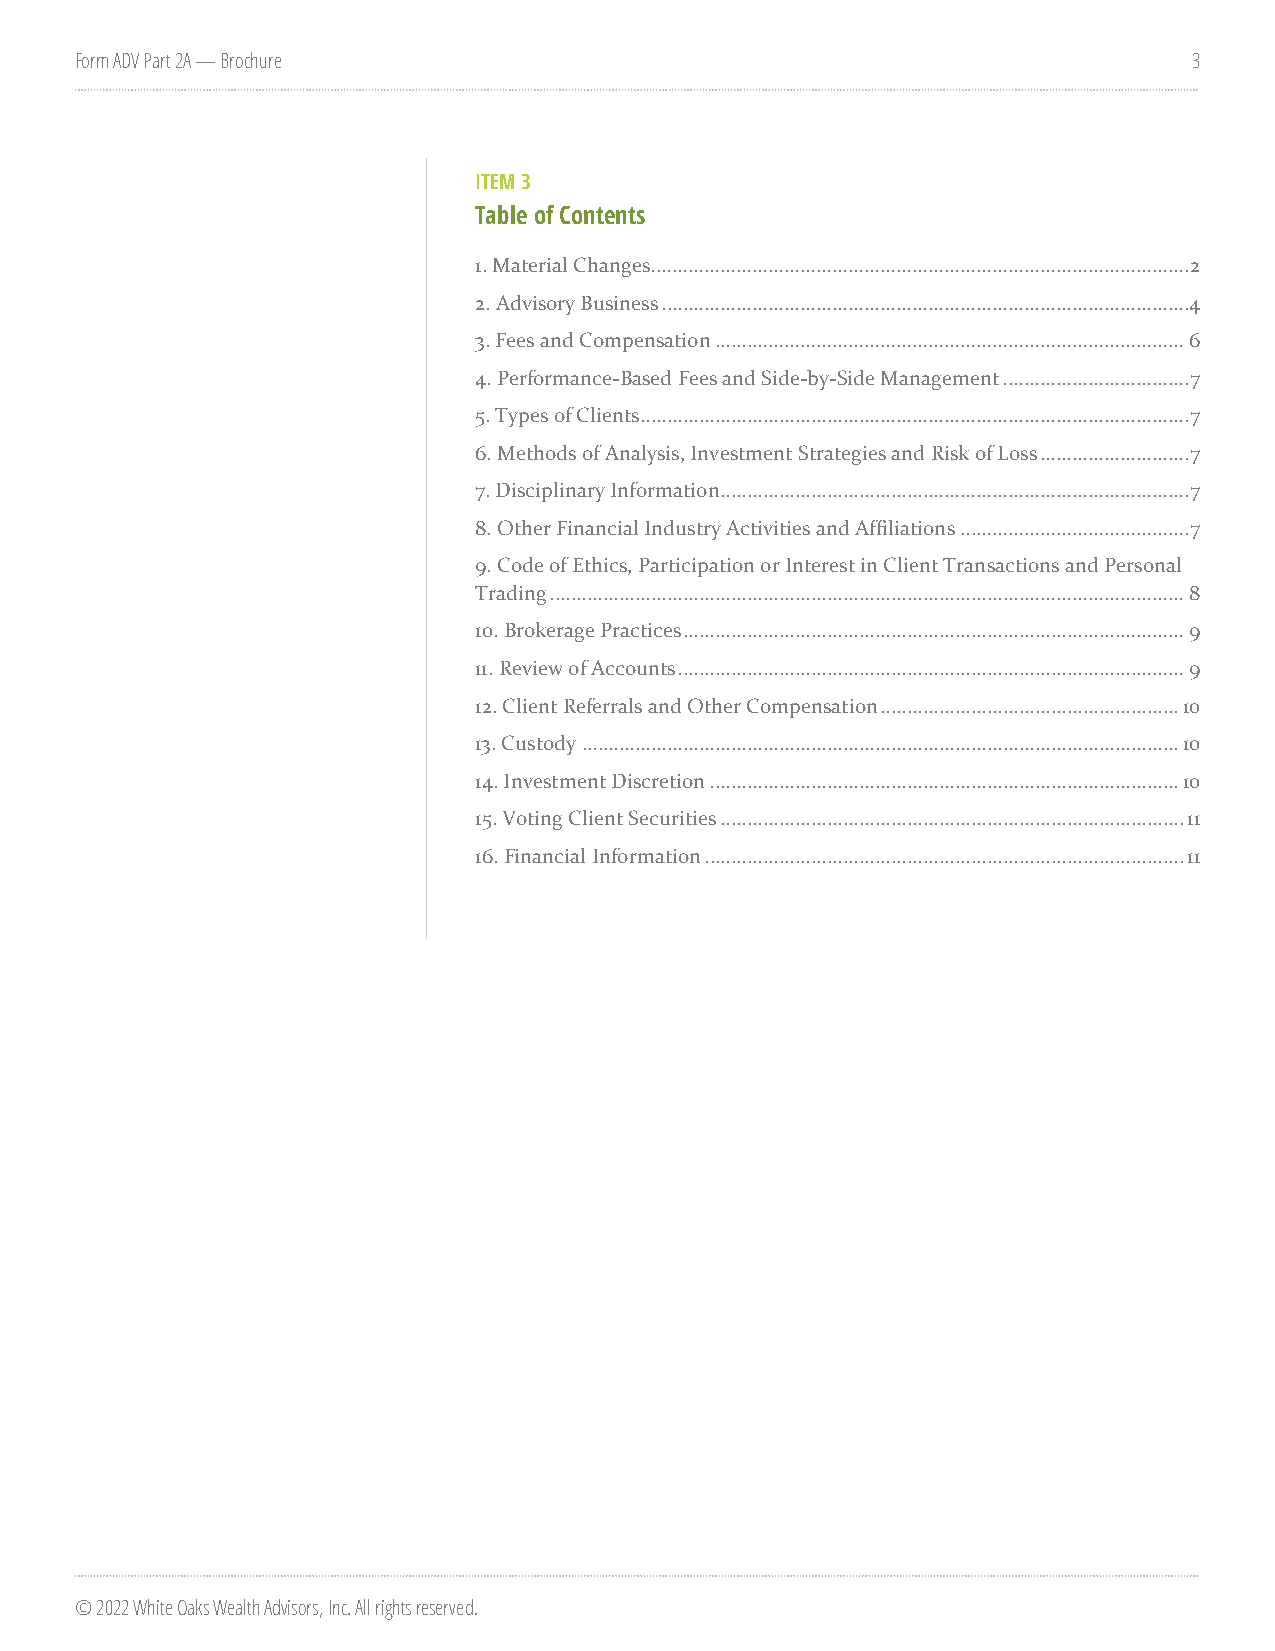
Form ADV Part 2A — Brochure                                               3
 ITEM 3
 Table of Contents
 1. Material Changes ..................................................................................................... 2
 2. Advisory Business ................................................................................................... 4
 3. Fees and Compensation ........................................................................................ 6
 4. Performance-Based Fees and Side-by-Side Management ................................... 7
 5. Types of Clients ....................................................................................................... 7
 6. Methods of Analysis, Investment Strategies and Risk of Loss ............................ 7
 7. Disciplinary Information ........................................................................................ 7
 8. Other Financial Industry Activities and Affiliations ........................................... 7
 9.Code of Ethics, Participation or Interest in Client Transactions and Personal
 Trading ....................................................................................................................... 8
 10. Brokerage Practices .............................................................................................. 9
 11. Review of Accounts ............................................................................................... 9
 12. Client Referrals and Other Compensation ........................................................ 10
 13. Custody ................................................................................................................ 10
 14. Investment Discretion ........................................................................................ 10
 15. Voting Client Securities ....................................................................................... 11
 16. Financial Information .......................................................................................... 11
 © 2022 White Oaks Wealth Advisors, Inc. All rights reserved.